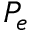
P _ { e }